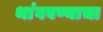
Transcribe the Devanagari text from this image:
थांववण्याचा